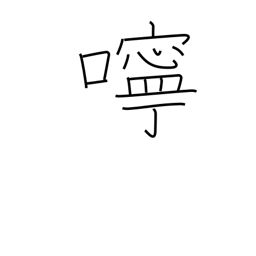
Meaning: kindness